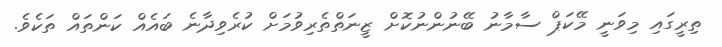
ތިރީގައި މިވަނީ މޭކަޕް ސާމާނު ބޭނުންނުކޮށް ޒީނަތްތެރިވުމަށް ކުރެވިދާނެ ބައެއް ކަންތައް ތަކެވެ.